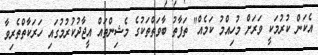
އެކަން ކުރުމަކީ ވަރަށް މުހިއްމު ކަމެއް" ތަފާތު ބާވަތްތަކުގެ މެޝިންތައް އީޖާދުކުރުމުގައި ހަރަކާތްތެރިވާ